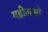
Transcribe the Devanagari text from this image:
महीलओ